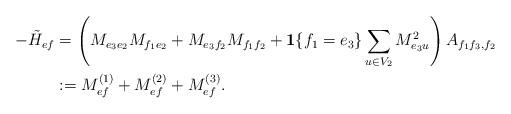
LaTeX: \begin{align*} -\tilde{H}_{ef}&= \left( M_{e_3e_2}M_{f_1e_2} + M_{e_3f_2}M_{f_1f_2}+ \mathbf{1} \{ f_1=e_3\} \sum_{u\in V_2} M_{e_3u}^2\right)A_{f_1f_3,f_2}\\ &:=M^{(1)}_{ef}+M^{(2)}_{ef}+M^{(3)}_{ef}.\end{align*}